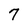
Character: 7